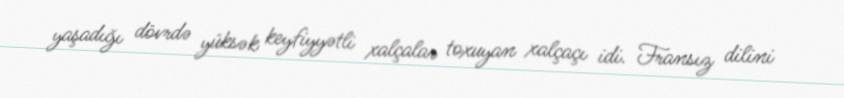
yaşadığı dövrdə yüksək keyfiyyətli xalçalar toxuyan xalçaçı idi. Fransız dilini